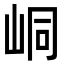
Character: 峒